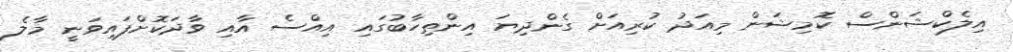
އިލެކްޝަންސް ކޮމިޝަން މިއަދު ކުރިއަށް ގެންދިޔަ އިންތިހާބުގައި އިއްސެ އާއި ވާދަކޮށްފައިވަނީ މާލެ